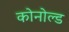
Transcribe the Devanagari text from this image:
कोनोल्ड